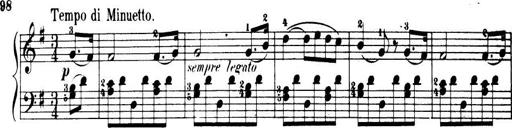
Title: 32 Sonatinas and Rondos for the Piano
Composer: Richard Kleinmichel